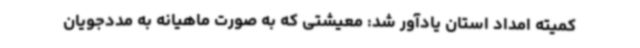
کمیته امداد استان یادآور شد: معیشتی که به‌ صورت ماهیانه به مددجویان